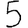
Digit: 5